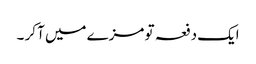
ایک دفعہ تو مزے میں آ کر ۔